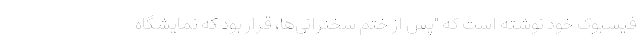
فیسبوک خود نوشته است که "پس از ختم سخنرانی‌ها، قرار بود که نمایشگاه